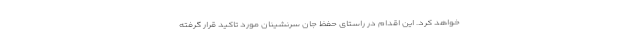
خواهد کرد. این اقدام در راستای حفظ جان سرنشینان مورد تاکید قرار گرفته